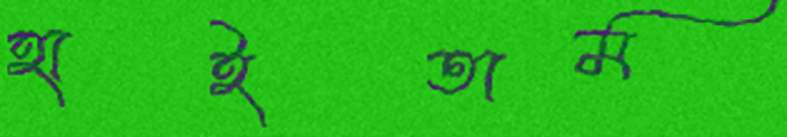
হাইতাম